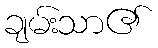
ချမ်းသာ၏